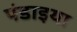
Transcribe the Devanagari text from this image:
पंडाइया